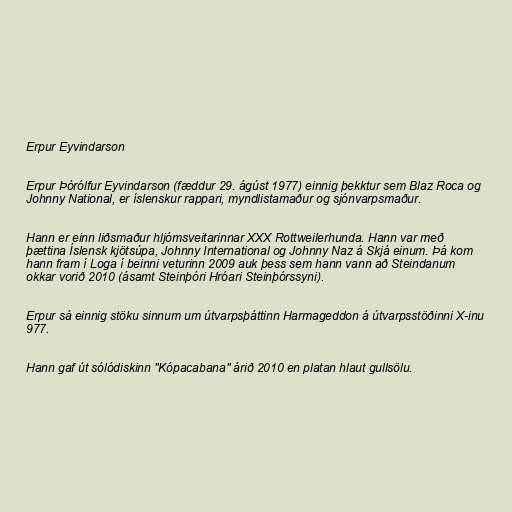
Erpur Eyvindarson

Erpur Þórólfur Eyvindarson (fæddur 29. ágúst 1977) einnig þekktur sem Blaz Roca og
Johnny National, er íslenskur rappari, myndlistamaður og sjónvarpsmaður.

Hann er einn liðsmaður hljómsveitarinnar XXX Rottweilerhunda. Hann var með
þættina Íslensk kjötsúpa, Johnny International og Johnny Naz á Skjá einum. Þá kom
hann fram í Loga í beinni veturinn 2009 auk þess sem hann vann að Steindanum
okkar vorið 2010 (ásamt Steinþóri Hróari Steinþórssyni).

Erpur sá einnig stöku sinnum um útvarpsþáttinn Harmageddon á útvarpsstöðinni X-inu
977.

Hann gaf út sólódiskinn "Kópacabana" árið 2010 en platan hlaut gullsölu.